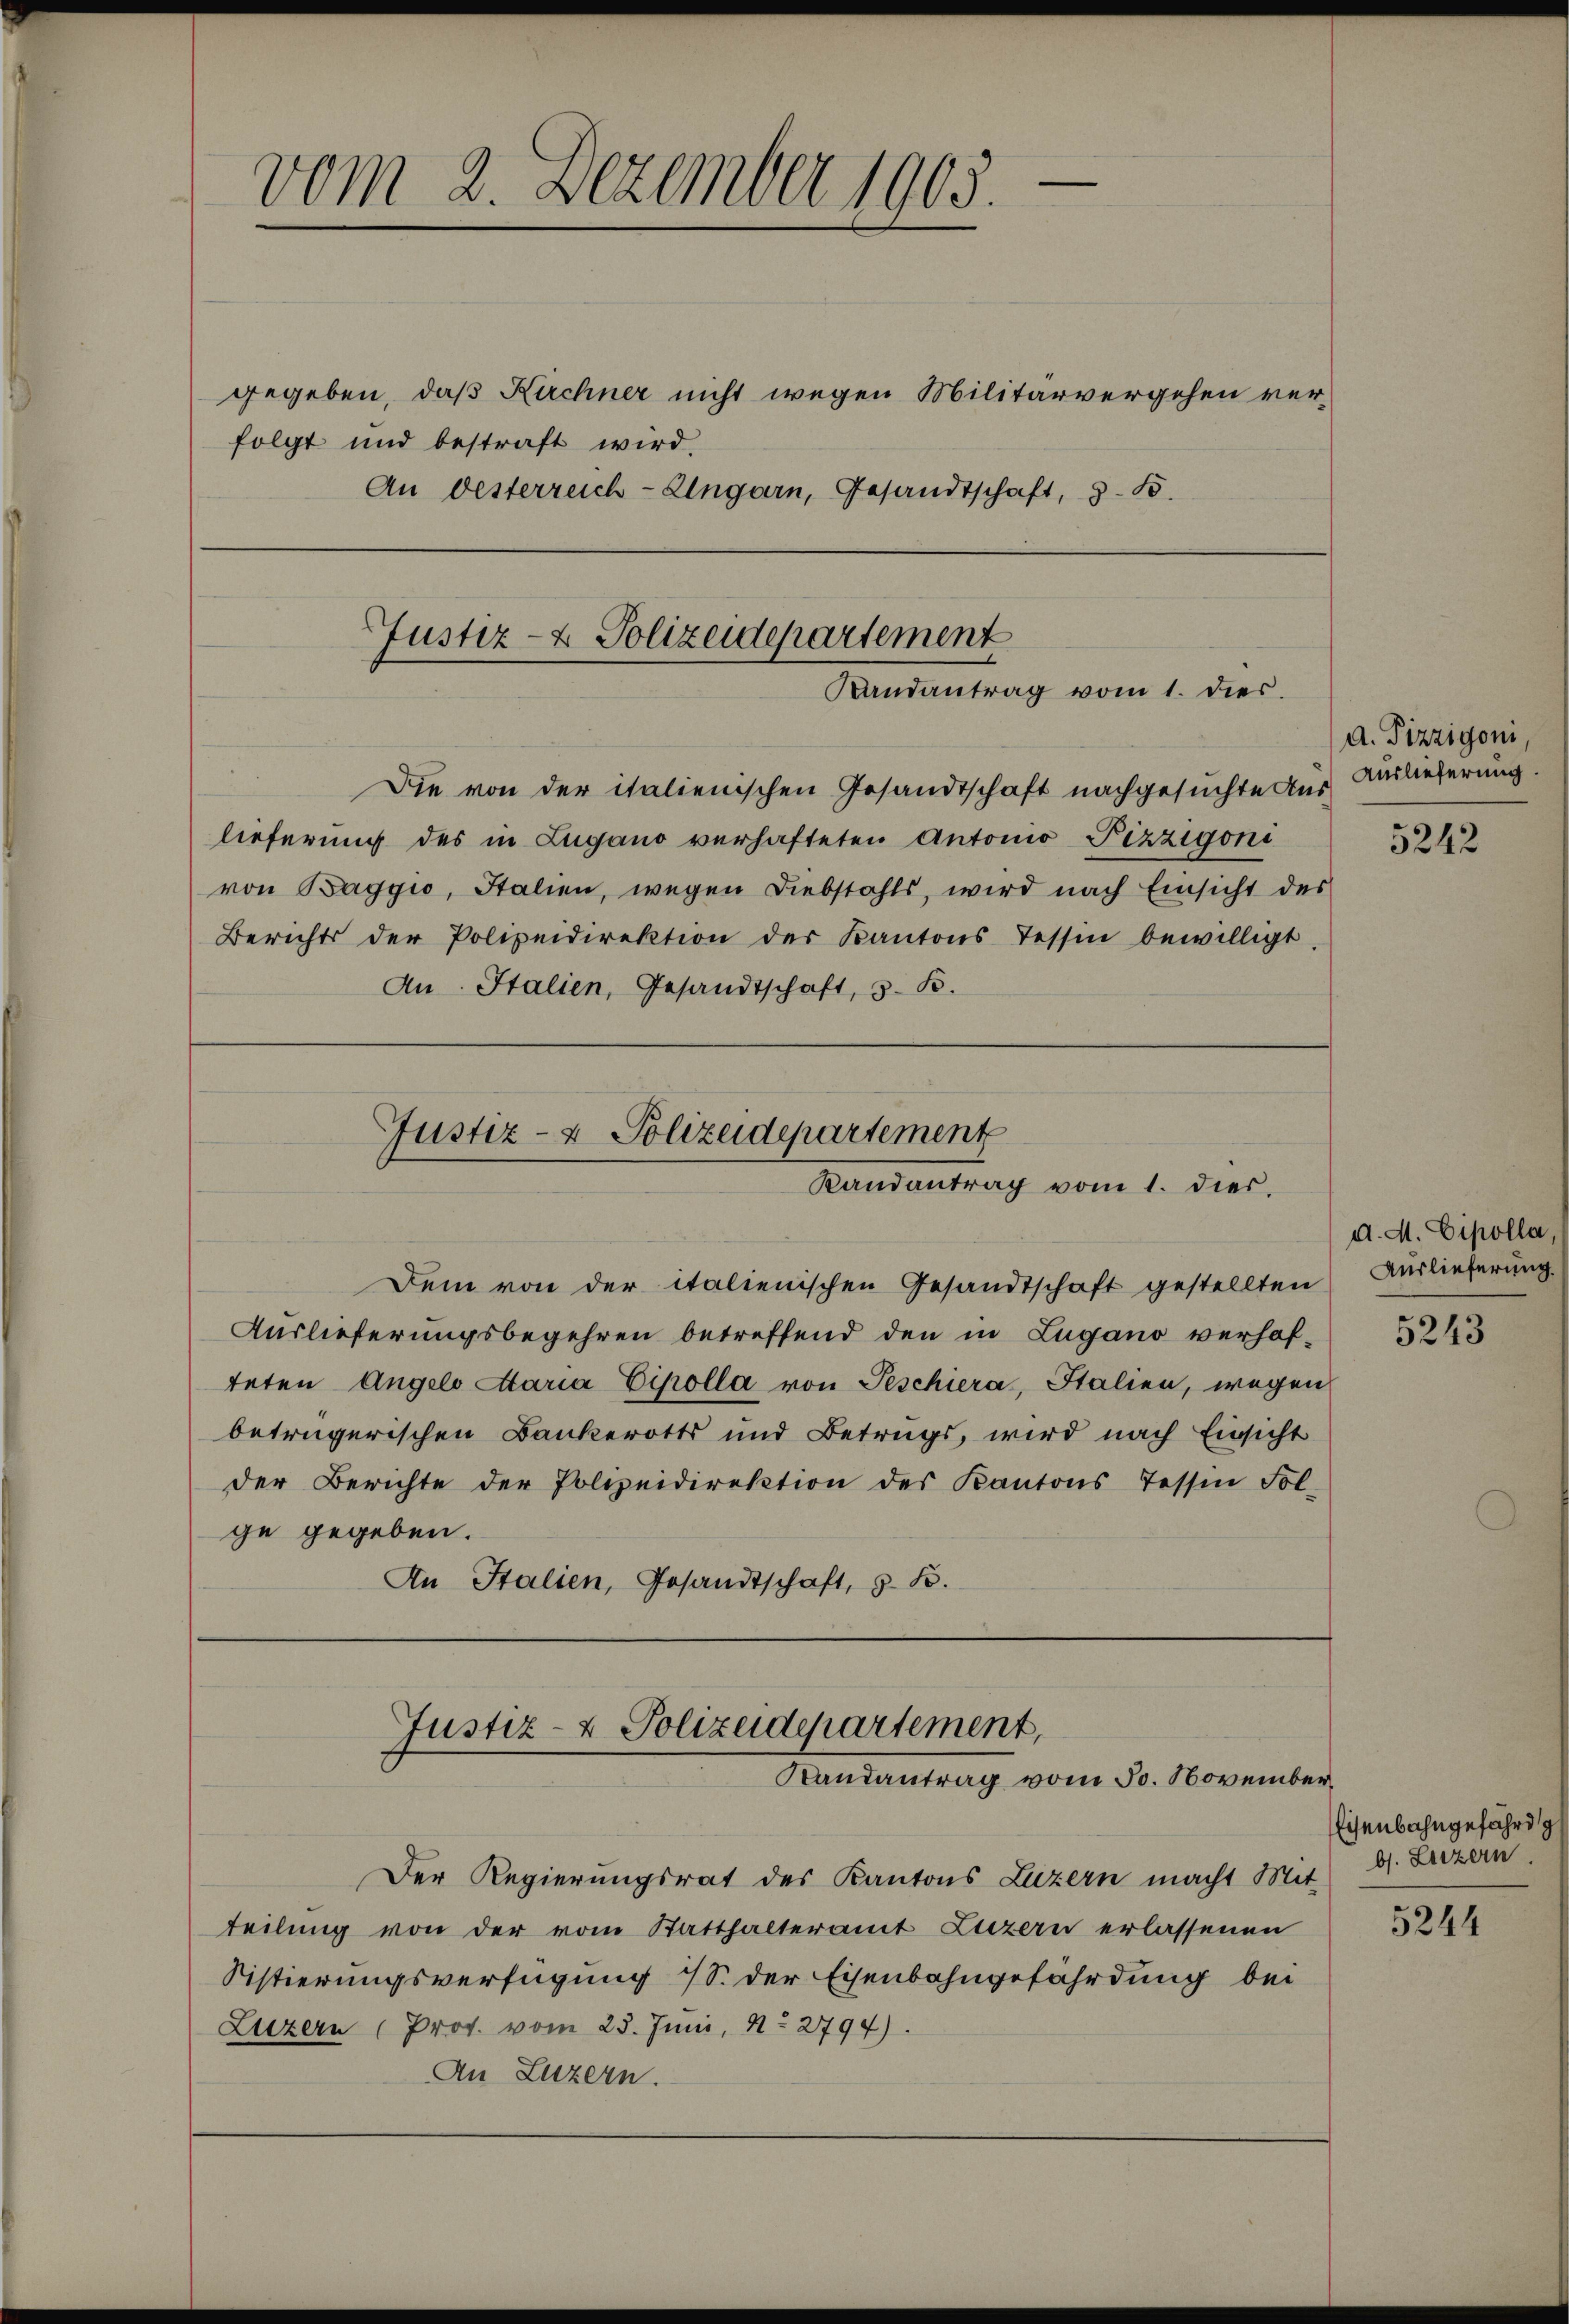
folgt und bestraft wird.

vom 2. Dezember 1905.

Justiz- & Polizeidepartement
Randantrag vom 1. dies.

lieferung des in Zugano verhafteten Antonio Pizzigoni
von Baggio, Italien, wegen Diebstahls, wird nach Einsicht des
Berichts der Polizeidirektion der Kantons Tessin bewilligt.
An Italien, Gesandtschaft, s. B.

Dem von der italienischen Gesandtschaft gestellten
Auslieferungsbegehren betreffend den in Zugano verhafteten Angelo Attaria Eipolla von Teschiera, Italien, wegen
betrügerischen Bankerotts und Betrags, wird nach Einsicht
der Berichte der Polizeidirektion des Kantons Tessin Fol-
ge gegeben.
An Italien, Gesandtschaft, z. B.

gegeben, daß Kirchner nicht wegen Militärvergehen ver¬
An Oesterreich-Ungarn, Gesandtschaft, z. B.

Die von der italienischen Gesandtschaft nachgesuchte Aus Auslieferung.

Justiz- & Polizeidepartement
Randantrag vom 1. dies

Justiz- & Polizeidepartement,
Randantrag vom 30. November

Der Regierungsrat des Kantons Luzern macht Mit 61. Luzern
teilung von der vom Statthalteramt Luzern erlassenen
Sistierungsverfügung S. der Eisenbahngefährdung bei
Luzern Prof. vom 25. Juni, N. 2794).
An Luzern.

A. Pizzigoni,

5242

d. M. Cipolla,
Auslieferung.

5243

Eisenbahngefährdg

5244